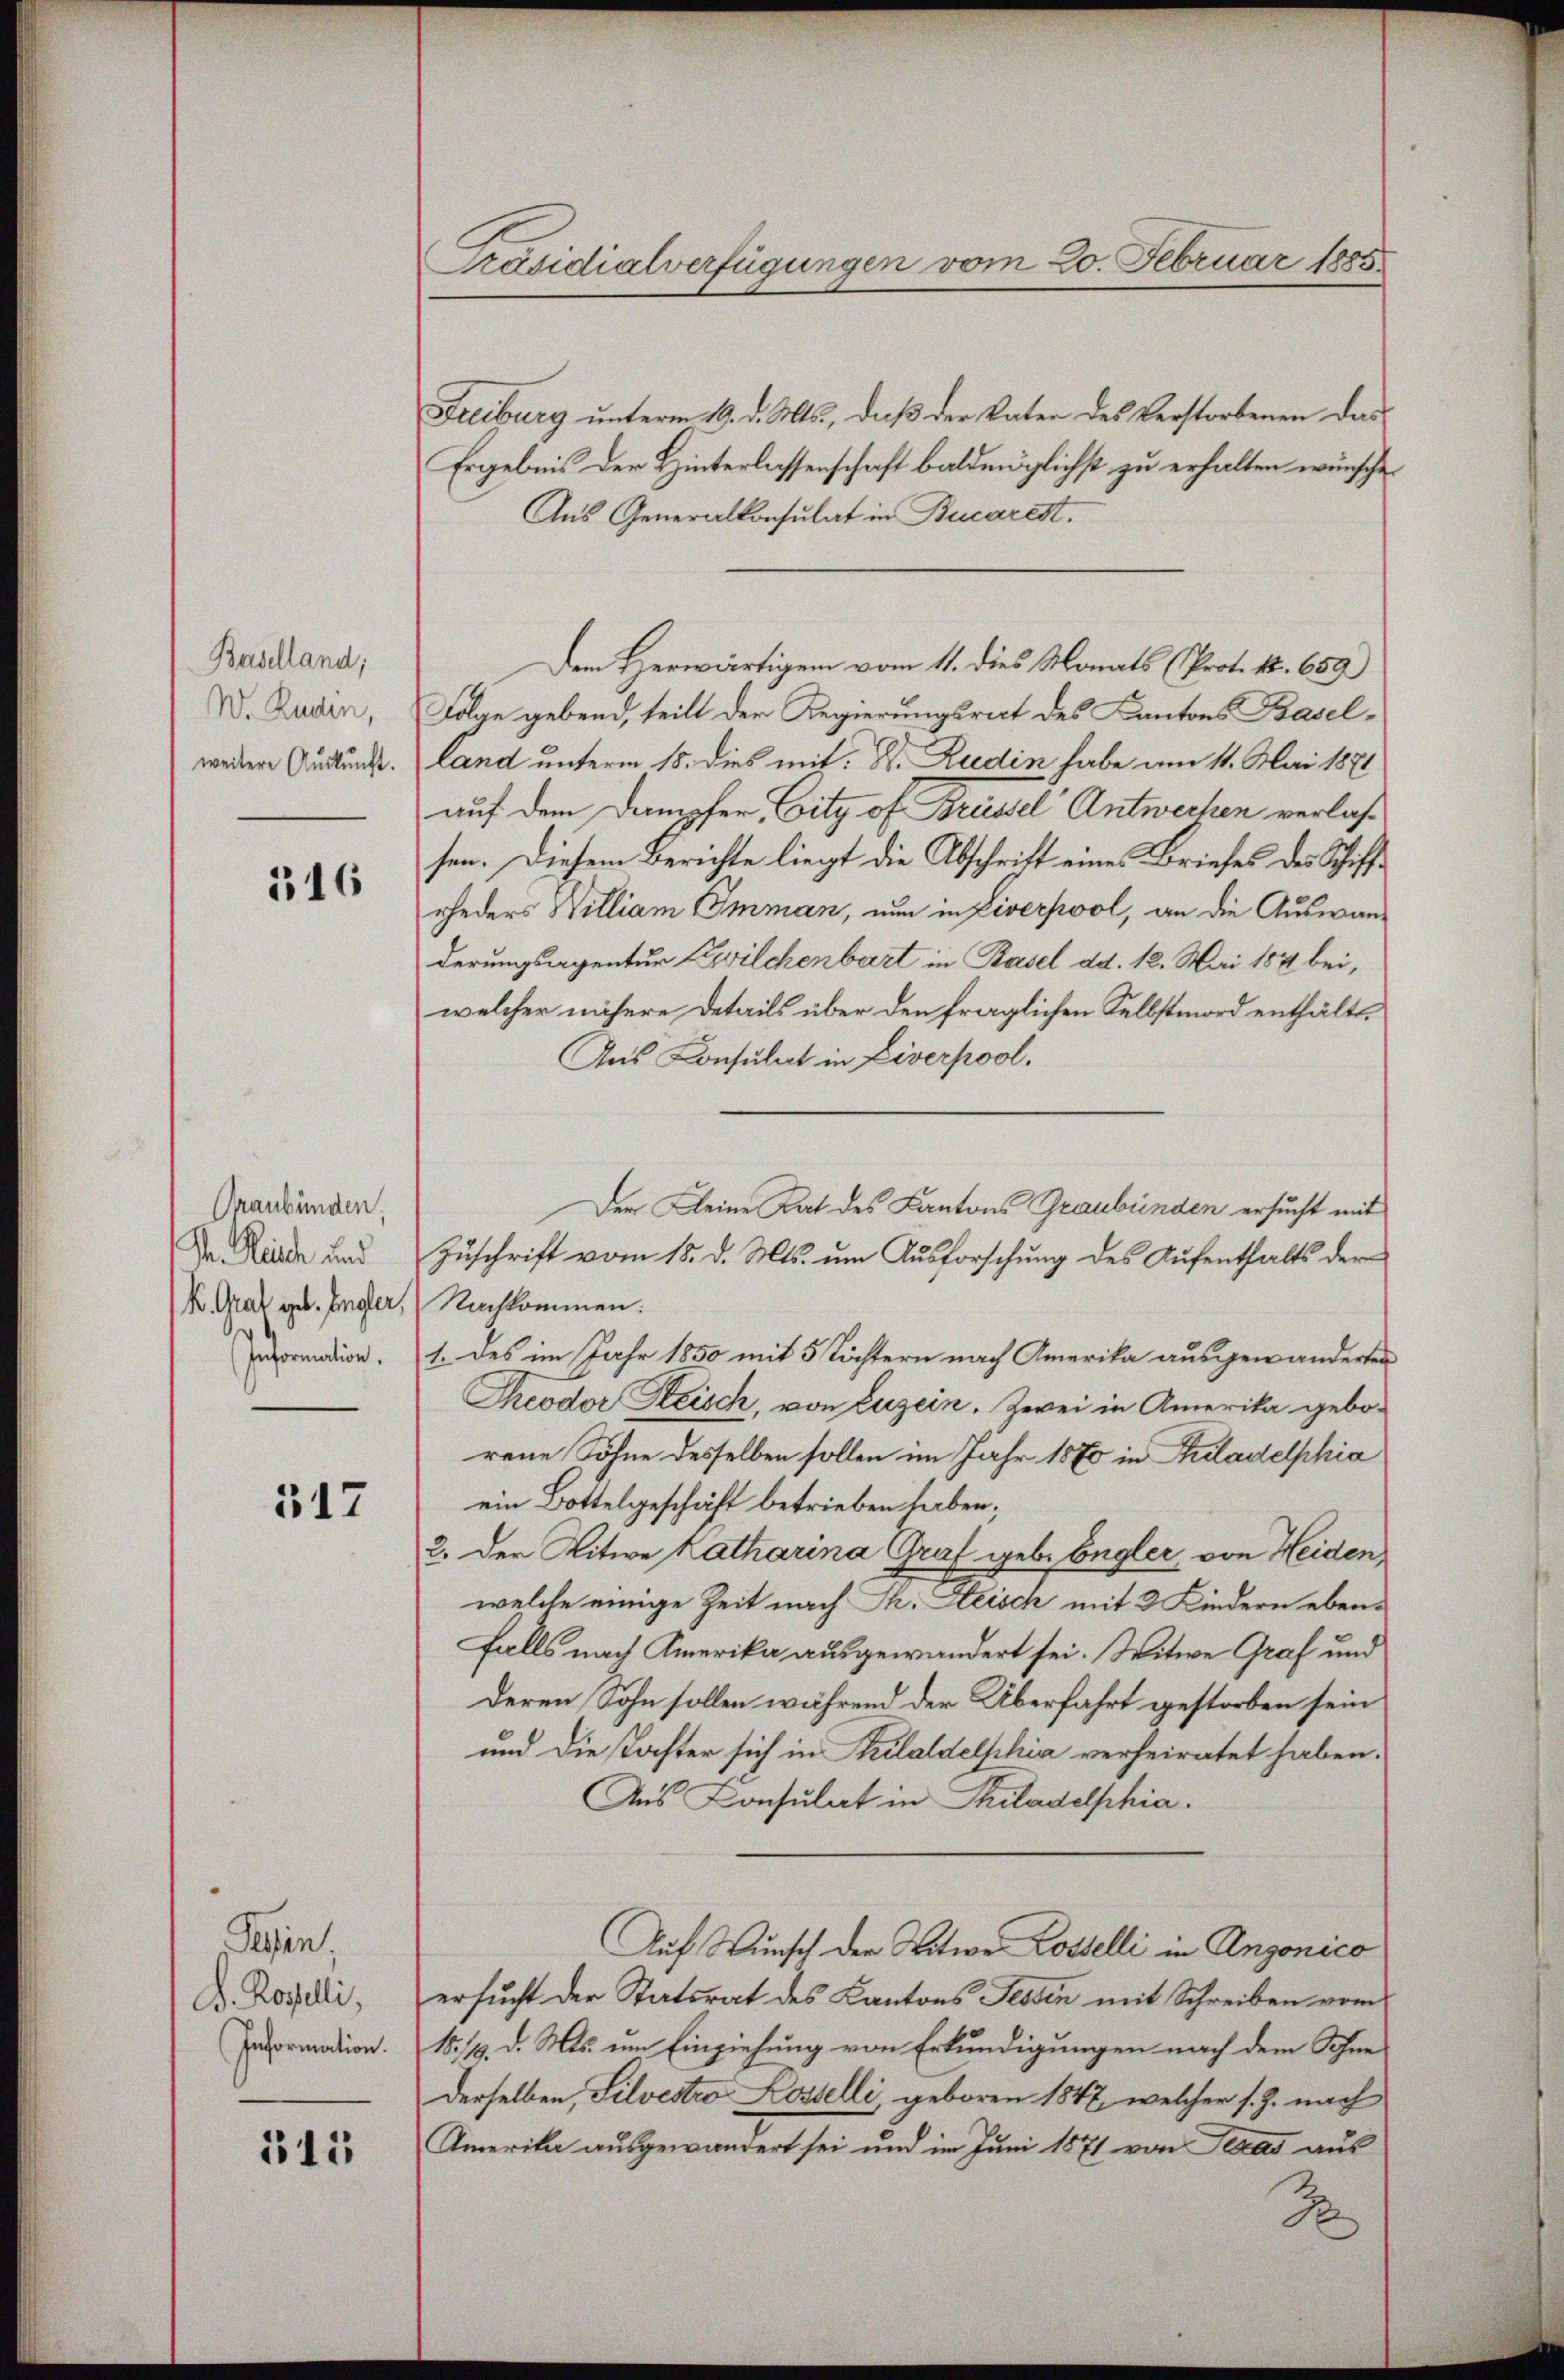
Baselland;
W. Ruden,
weitere Auskunft.

516

Graubünden.
Pr. Reich und
K. Grat geb. Engler,
Information.

317

Tessin
D. Rosselli,
Information.

515

Präsidialverfügungen vom 20. Februar 1885.

Freiburg unterm 19. d. Mts., daß der Vater des Verstorbenen das
Ergebnis der Hinterlassenschaft baldmöglichst zu erhalten wünsche
Aus Generalkonsulat in Bucarest.
Dem Herwärtigen vom 11. dies Monats (Prot. 12. 659)
Folge gebend, teilt der Regierungsrat des Kantons Basel-
land unterm 15. dies mit: Dr. Rudin habe am 11. Mai 1871
auf dem Dampfer, City of Brüssel Antwechen verlassen. Diesem Berichte liegt die Abschrift eines Briefes des Schiffrheders William Imman, nun in Liverpool, an die Auswanderungsagentur Zwilchenbart in Basel ad. 12. Mai 184 bei,
welcher nähere Details über den fraglichen Selbstmord enthält.
Aus Consulat in Liverpool.
Zuschrift vom 15. d. Mts. um Ausforschung des Aufenthalts der
Nachkommen:
1. des im Jahr 1850 mit 5 Töchtern nach Amerika ausgewanderten
Theodor Zeisch, von Luzern. Zwei in Amerika gebo-
rene Söhne desselben sollen im Jahr 1870 in Tuladelphia
ein Bottelgeschäft betrieben haben;
2. Der Witwe Katharina Graf geb. Engler, von Heiden,
welche einige Zeit nach Th. Heisch mit 2 Kindern eben-
falls nach Amerika ausgewandert sei. Witwe Graf und
deren Sohn sollen während der Überfahrt gestorben sein
und die Koster sich in Krilaldelphia verheiratet haben.
Aus Consulat in Philadelphia.
Auf Wunsch der Witwe Losselli in Angonico
ersucht der Statsrat des Kantons Tessin mit Schreiben vom
15. 119. d. Mts. um Einziehung von Erkundigungen nach dem Schne
Derselben, Silvestro Kostelli, geboren 1847, welcher s. Z. nach
Amerika ausgewandert sei und im Juni 1871 von Texas aus
S

Der Kleine Rat des Kantons Graubünden ersucht mit